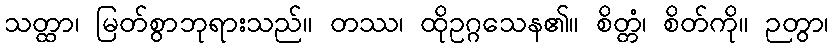
သတ္ထာ၊ မြတ်စွာဘုရားသည်။ တဿ၊ ထိုဥဂ္ဂသေန၏။ စိတ္တံ၊ စိတ်ကို။ ဉတွာ၊